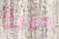
ميرزا